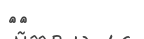
٤٥